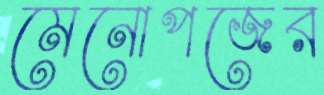
মেনোপজের